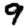
Digit: 9